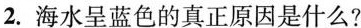
2.海水呈蓝色的真正原因是什么?